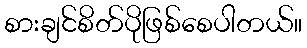
စားချင်စိတ်ပိုဖြစ်စေပါတယ်။